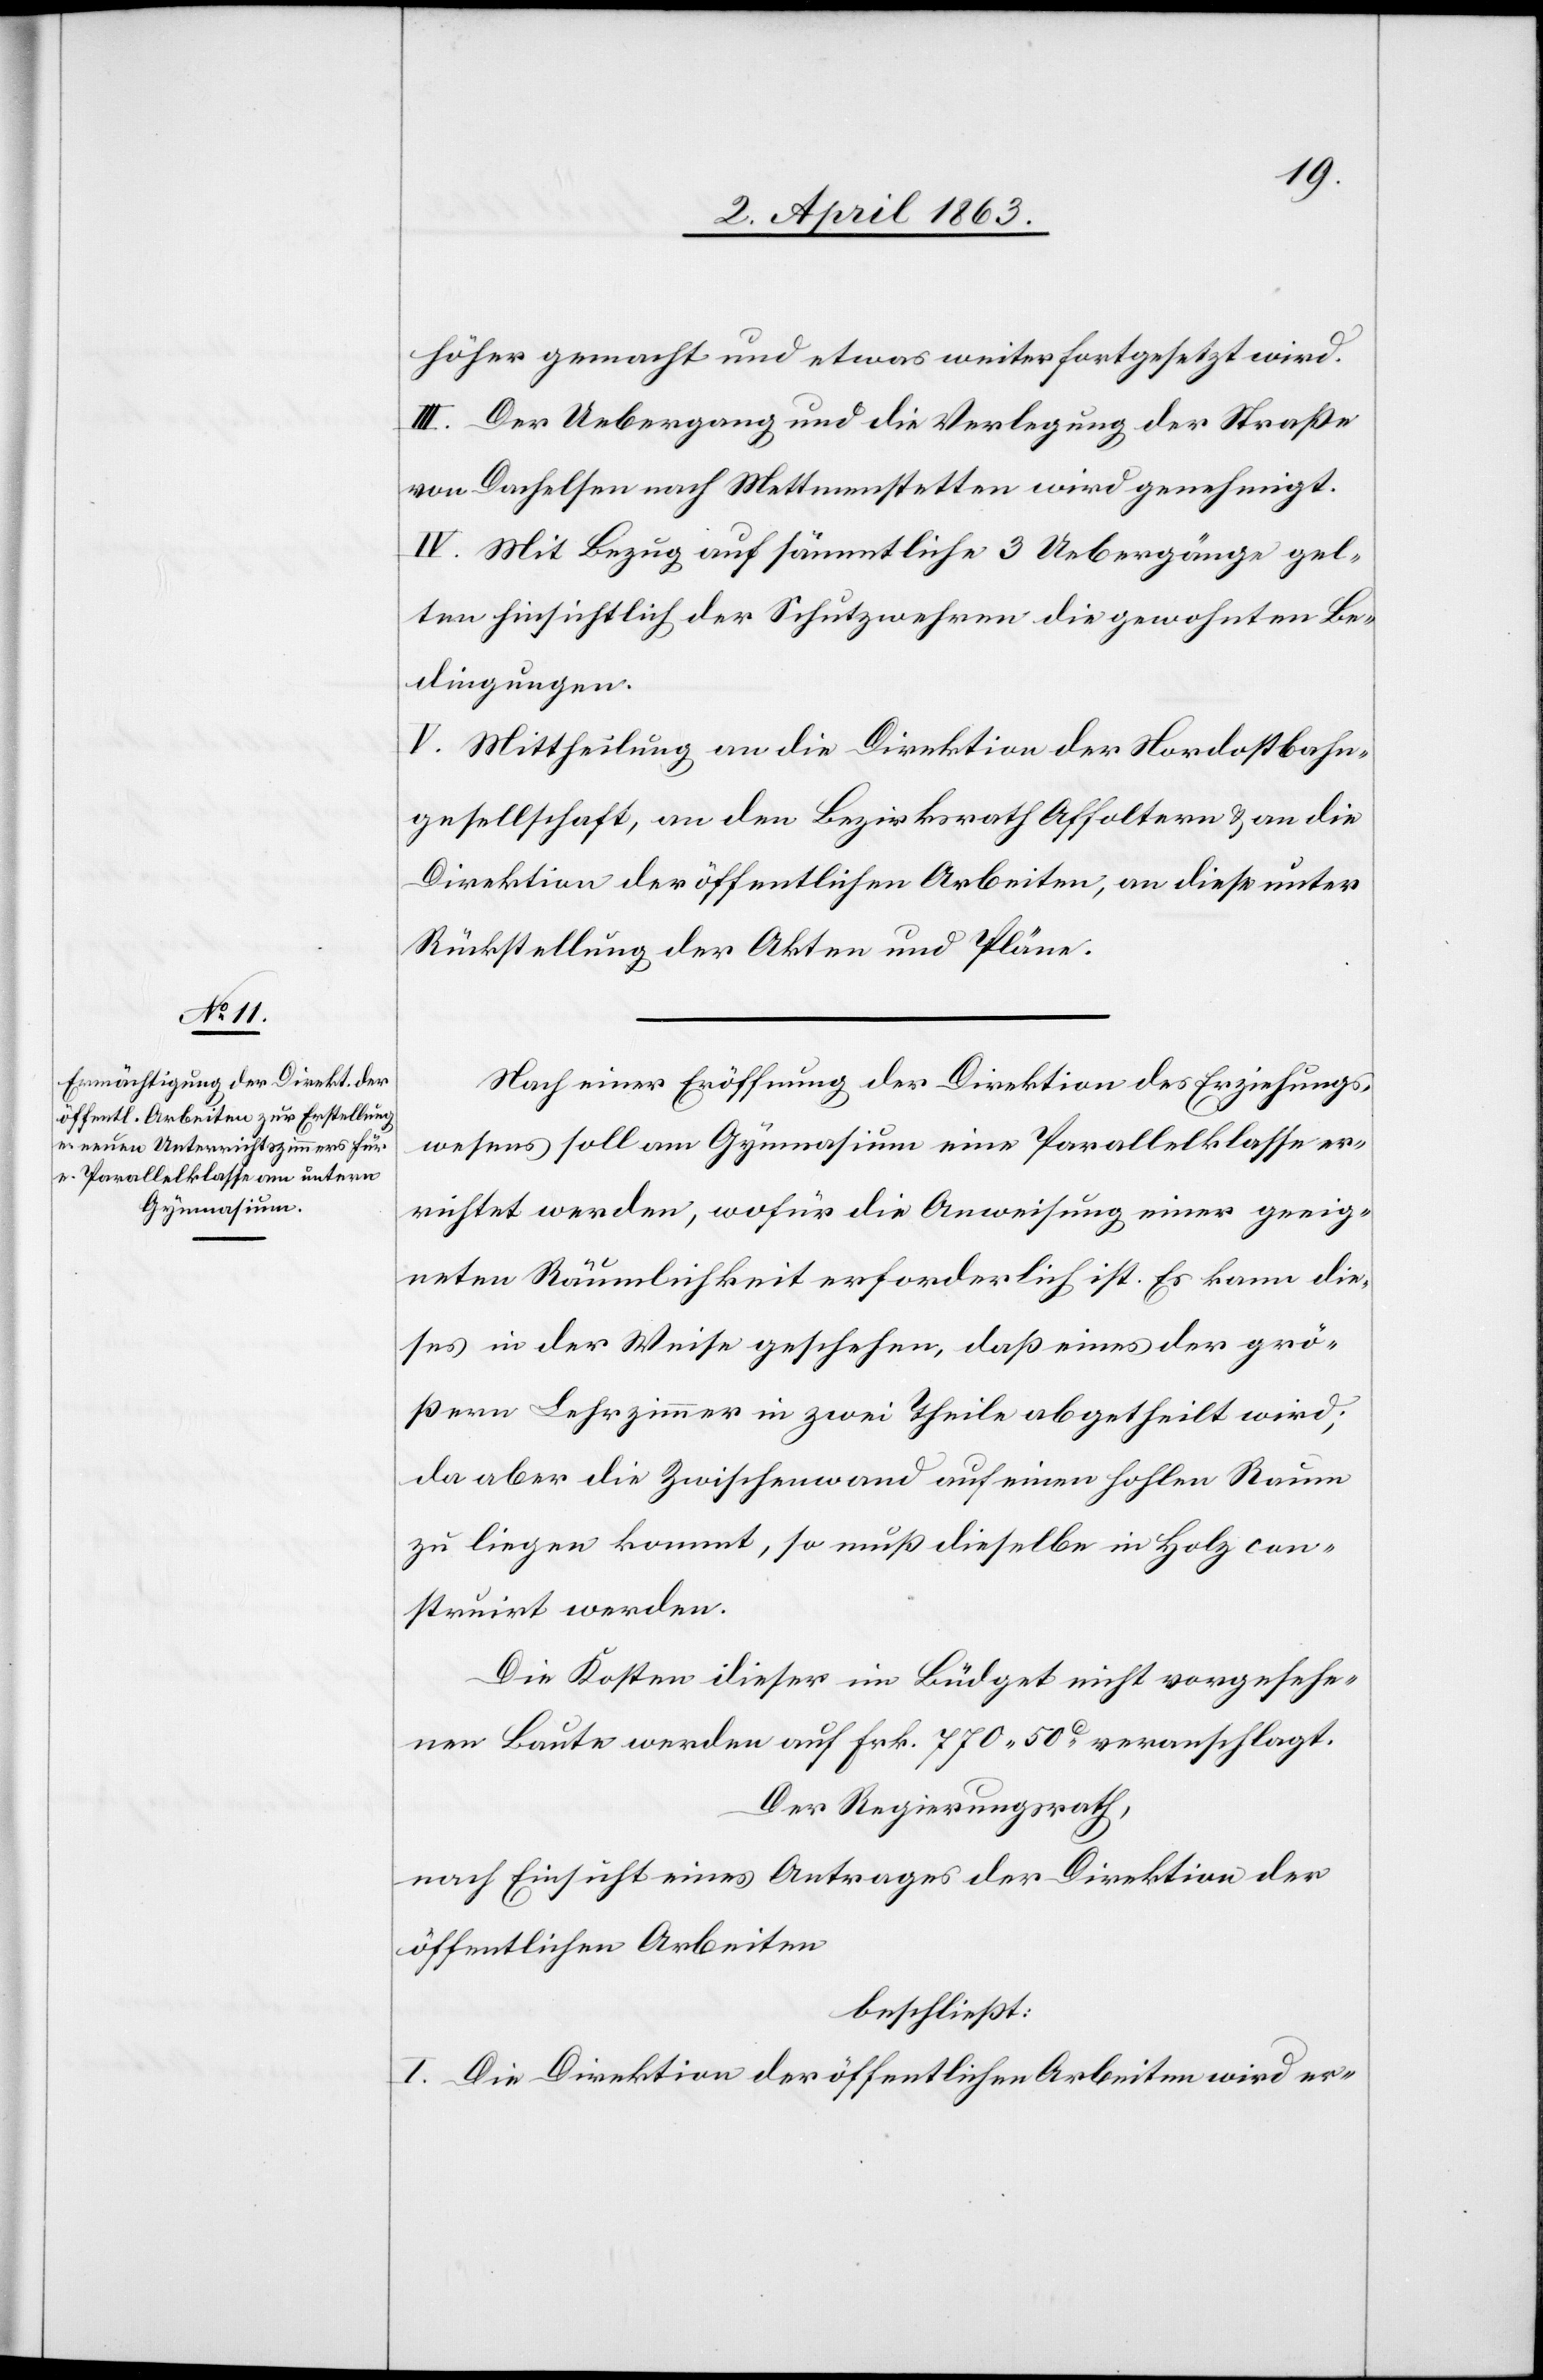
höher gemacht und etwas weiter fortgesetzt wird.
III. Der Uebergang und die Verlegung der Straße
von Dachelsen nach Mettmenstetten wird genehmigt.
IV. Mit Bezug auf sämmtliche 3 Uebergänge gel¬
ten hinsichtlich der Schutzwehren die gewohnten Be¬
dingungen.
V. Mittheilung an die Direktion der Nordostbahn¬
gesellschaft, an den Bezirksrath Affoltern & an die
Direktion der öffentlichen Arbeiten, an diese unter
Rückstellung der Akten und Pläne.
Nach einer Eröffnung der Direktion des Erziehungs¬
wesens soll am Gymnasium eine Parallelklasse er¬
richtet werden, wofür die Anweisung einer geeig¬
neten Räumlichkeit erforderlich ist. Es kann die¬
ses in der Weise geschehen, daß eines der grö¬
ßern Lehrzimmer in zwei Theile abgetheilt wird;
da aber die Zwischenwand auf einen hohlen Raum
zu liegen kommt, so muß dieselbe in Holz con¬
struirt werden.
Die Kosten dieser im Büdget nicht vorgesehe¬
nen Baute werden auf Frk. 770. 50c veranschlagt.
Der Regierungsrath,
nach Einsicht eines Antrages der Direktion der
öffentlichen Arbeiten
beschließt:
I. Die Direktion der öffentlichen Arbeiten wird er-